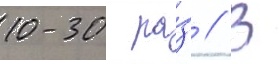
10-30 ра́з // В